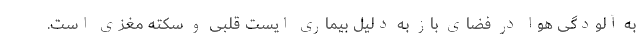
به آلودگی هوا در فضای باز به دلیل بیماری ایست قلبی و سکته مغزی است.